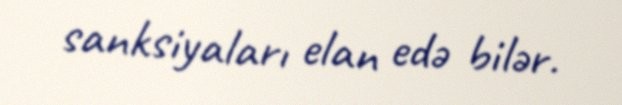
sanksiyaları elan edə bilər.